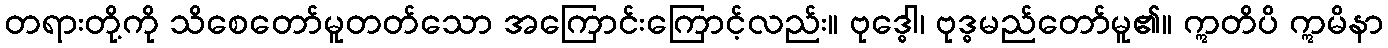
တရားတို့ကို သိစေတော်မူတတ်သော အကြောင်းကြောင့်လည်း။ ဗုဒ္ဓေါ၊ ဗုဒ္ဓမည်တော်မူ၏။ ဣတိပိ ဣမိနာ